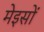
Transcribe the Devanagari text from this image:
मेइसों